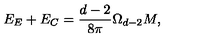
E _ { E } + E _ { C } = \frac { d - 2 } { 8 \pi } \Omega _ { d - 2 } M ,